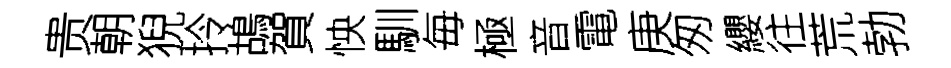
贵朝猊拎鴣賀怏馴毎極音電庚匆纓往荒勃